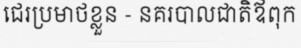
ជេរប្រមាថខ្លួន - នគរបាលជាតិឪពុក